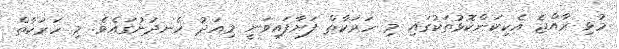
މުޅި ރާއްޖެ އެކިކަންކޮޅުތަކުގައި މި ހަރަކާތް ފަށާފައިވަނީ މިއަދު ހެނދުނުގައެވެ. މި ހަރަކާތް